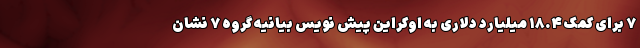
۷ برای کمک ۱۸.۴ میلیارد دلاری به اوکراین پیش نویس بیانیه گروه ۷ نشان